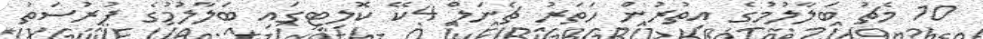
10 މެޗު ބަލާލުމުގެ އިތުރުން ހަތަރު ޗެނަލް 4ކޭ ކޮލިޓީގައި ބަލާލުމުގެ ފުރުސަތު